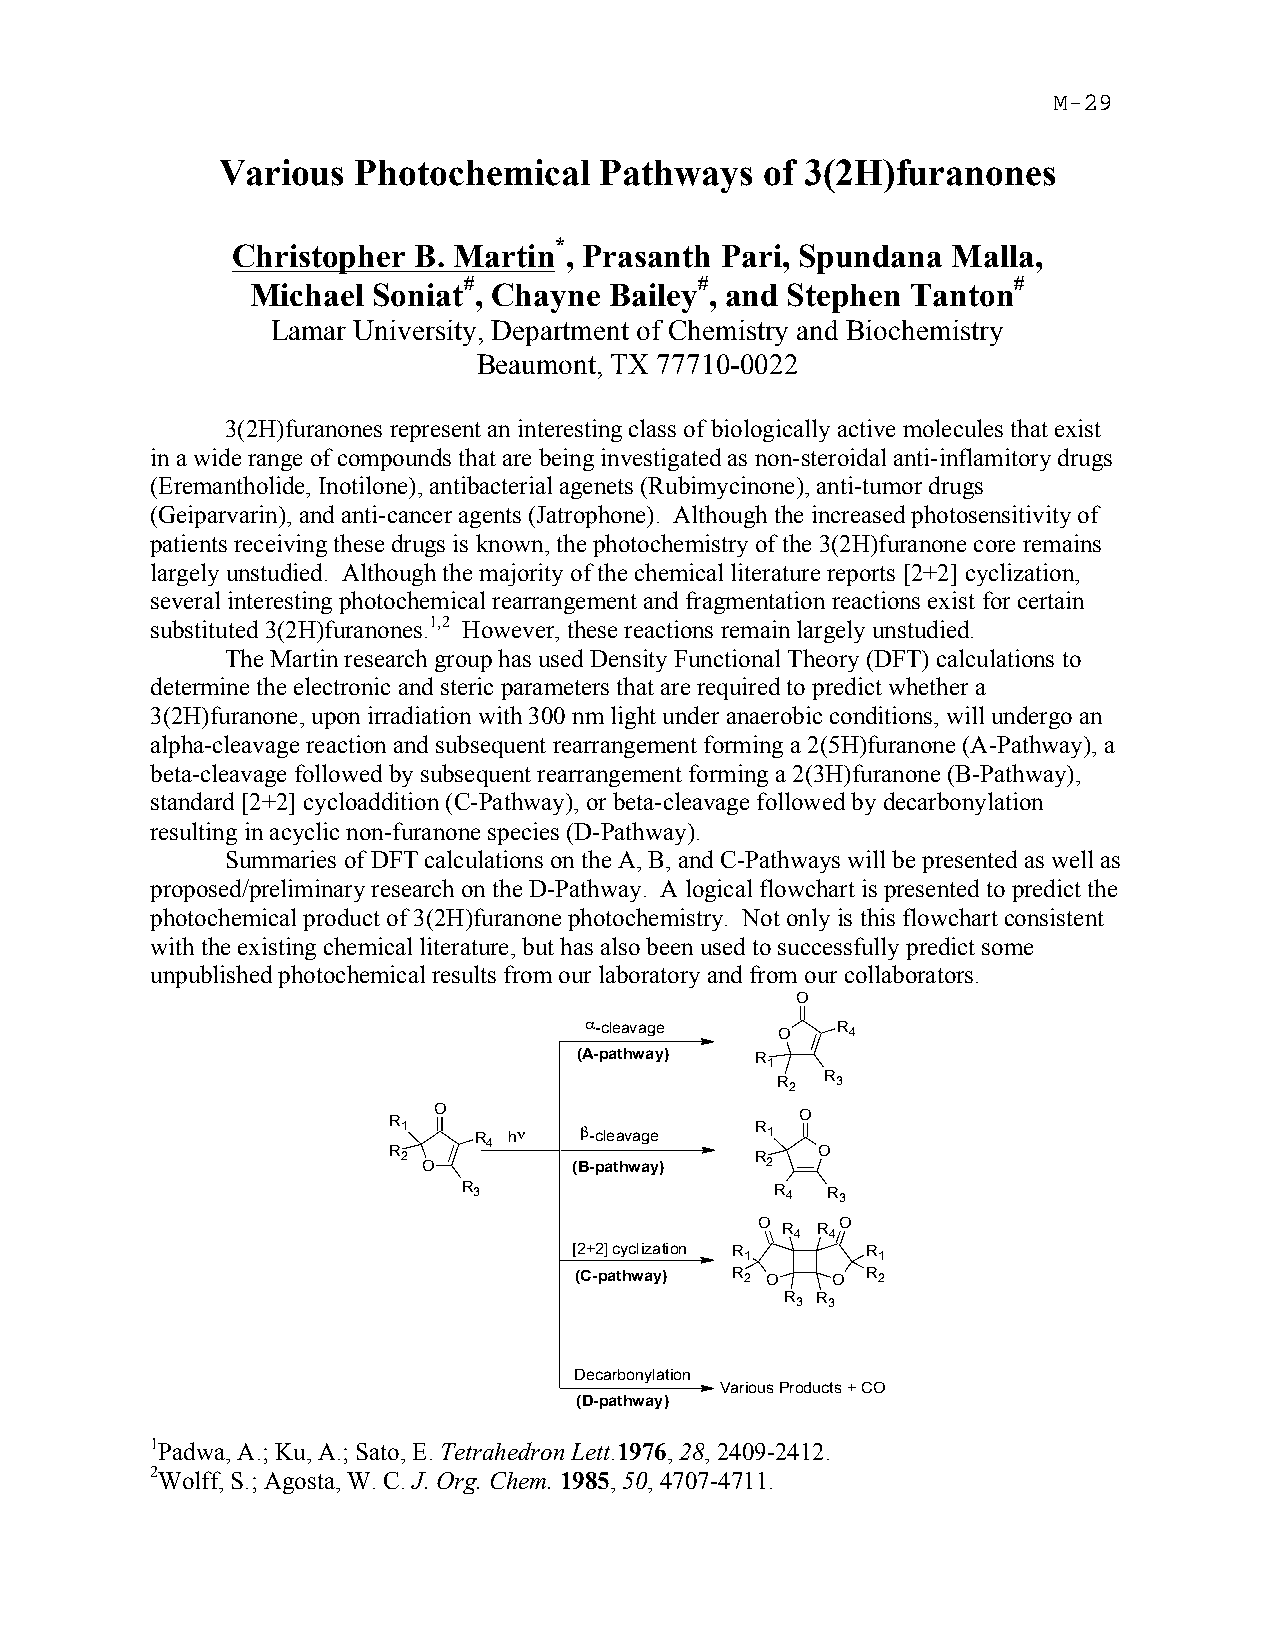
Various   Photochemical   Pathways   of 3(2H)furanones
 *
 Christopher B. Martin , Prasanth Pari, Spundana Malla,
 #              #                    #
 Michael Soniat , Chayne Bailey , and Stephen Tanton
 Lamar University, Department of Chemistry and Biochemistry
 Beaumont, TX 77710-0022
 3(2H)furanones represent an interesting class of biologically active molecules that exist
 in a wide range of compounds that are being investigated as non-steroidal anti-inflamitory drugs
 (Eremantholide, Inotilone), antibacterial agenets (Rubimycinone), anti-tumor drugs
 (Geiparvarin), and anti-cancer agents (Jatrophone). Although the increased photosensitivity of
 patients receiving these drugs is known, the photochemistry of the 3(2H)furanone core remains
 largely unstudied. Although the majority of the chemical literature reports [2+2] cyclization,
 several interesting photochemical rearrangement and fragmentation reactions exist for certain
 substituted 3(2H)furanones.1,2 However, these reactions remain largely unstudied.
 The Martin research group has used Density Functional Theory (DFT) calculations to
 determine the electronic and steric parameters that are required to predict whether a
 3(2H)furanone, upon irradiation with 300 nm light under anaerobic conditions, will undergo an
 alpha-cleavage reaction and subsequent rearrangement forming a 2(5H)furanone (A-Pathway), a
 beta-cleavage followed by subsequent rearrangement forming a 2(3H)furanone (B-Pathway),
 standard [2+2] cycloaddition (C-Pathway), or beta-cleavage followed by decarbonylation
 resulting in acyclic non-furanone species (D-Pathway).
 Summaries of DFT calculations on the A, B, and C-Pathways will be presented as well as
 proposed/preliminary research on the D-Pathway. A logical flowchart is presented to predict the
 photochemical product of 3(2H)furanone photochemistry. Not only is this flowchart consistent
 with the existing chemical literature, but has also been used to successfully predict some
 unpublished photochemical results from our laboratory and from our collaborators.
 O
 α-cleavage
 O
 R
 4
 (A-pathway) R
 1
 R
 R   3
 2
 R 1 O R hν  β-cleavage  R 1 O
 R 2 O 4     (B-pathway) R 2 O
 R 3                 R 4 R 3
 O R R O
 4 4
 [2+2] cyclization R R
 1        1
 (C-pathway) R 2 O O R 2
 R 3 R 3
 Decarbonylation
 Various Products + CO
 (D-pathway)
 1Padwa, A.; Ku, A.; Sato, E. Tetrahedron Lett.1976, 28, 2409-2412.
 2Wolff, S.; Agosta, W. C. J. Org. Chem. 1985, 50, 4707-4711.